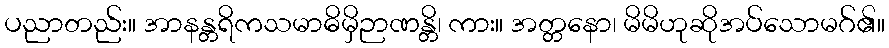
ပညာတည်း။ အာနန္တရိကသမာဓိမှိဉာဏန္တိ၊ ကား။ အတ္တနော၊ မိမိဟုဆိုအပ်သောမဂ်၏။